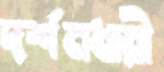
দর্শনধারী